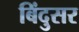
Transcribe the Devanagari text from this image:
बिंदुसर